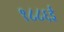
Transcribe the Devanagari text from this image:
१८८६ई